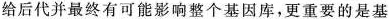
给后代并最终有可能影响整个基因库，更重要的是基